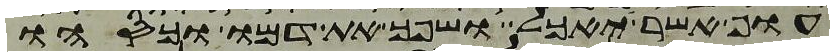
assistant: עוף אשר יאכל ושפך את דמו וכסהו